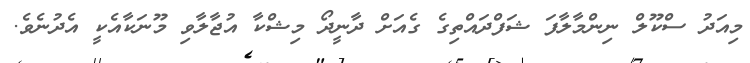
މިއަދު ސްކޫލް ނިންމާލާފަ ޝަފްދައްތިގެ ގެއަށް ދާނީދޯ މިޝްކާ އުޖާލާވި މޫނަކާއެކީ އެދުނެވެ.